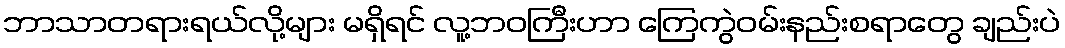
ဘာသာတရားရယ်လို့များ မရှိရင် လူ့ဘဝကြီးဟာ ကြေကွဲဝမ်းနည်းစရာတွေ ချည်းပဲ